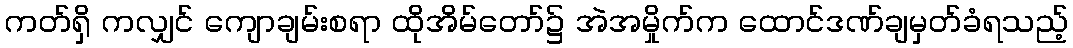
ကတ်ရှိ ကလျှင် ကျောချမ်းစရာ ထိုအိမ်တော်၌ အဲအမှိုက်က ထောင်ဒဏ်ချမှတ်ခံရသည့်